Leaving Certificate, 1898
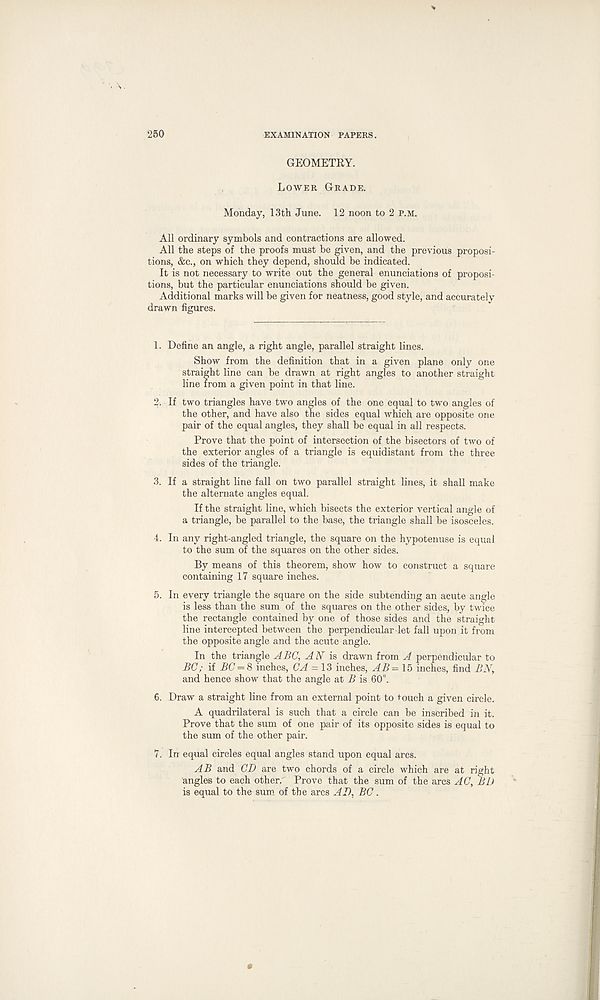
250
EXAMINATION PAPERS.
GEOMETRY.
Lower Grade.
Monday, 13th June. 12 noon to 2 p.m.
All ordinary symbols and contractions are allowed.
All the steps of the proofs must be given, and the previous proposi-
tions, &c., on which they depend, should be indicated.
It is not necessary to write out the general enunciations of proposi-
tions, but the particular enunciations should be given.
Additional marks will be given for neatness, good style, and accurately
drawn figures.
1. Define an angle, a right angle, parallel straight lines.
Show from the definition that in a given plane only one
straight line can be drawn at right angles to another straight
line from a given point in that line.
2. If two triangles have two angles of the one equal to two angles of
the other, and have also the sides equal which are opposite one
pair of the equal angles, they shall be equal in all respects.
Prove that the point of intersection of the bisectors of two of
the exterior angles of a triangle is equidistant from the three
sides of the triangle.
3. If a straight line fall on two parallel straight lines, it shall make
the alternate angles equal.
If the straight line, which bisects the exterior vertical angle of
a triangle, be parallel to the base, the triangle shall be isosceles.
4. In any right-angled triangle, the square on the hypotenuse is equal
to the sum of the squares on the other sides.
By means of this theorem, show how to construct a square
containing 17 square inches.
5. In every triangle the square on the side subtending an acute angle
is less than the sum of the squares on the other sides, by twice
the rectangle contained by one of those sides and the straight
line intercepted between the perpendicular let fall upon it from
the opposite angle and the acute angle.
In the triangle ABC, AN is drawn from A perpendicular to
BC; if BC = 8 inches, CA = 13 inches, AB= 15 inches, find BN,
and hence show that the angle at B is 60°.
6. Draw a straight line from an external point to touch a given circle.
A quadrilateral is such that a circle can be inscribed in it.
Prove that the sum of one pair of its opposite sides is equal to
the sum of the other pair.
7. In equal circles equal angles stand upon equal arcs.
AB and CD are two chords of a circle which are at right
angles to each other.' Prove that the sum of the arcs AC, BD
is equal to the sum of the arcs AD, BC.